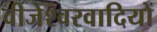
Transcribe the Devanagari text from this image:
वीजेश्वरवादियों